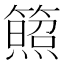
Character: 𥵕